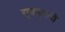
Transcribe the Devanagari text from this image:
सुतनुमतो